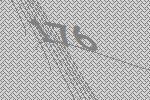
176